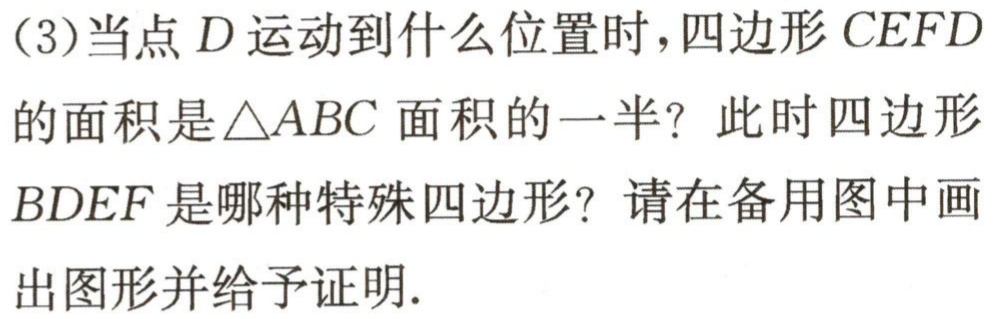
(3)当点\(D\)运动到什么位置时，四边形\(CEFD\)的面积是\(\triangle ABC\)面积的一半？此时四边形\(BDEF\)是哪种特殊四边形？请在备用图中画出图形并给予证明.